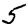
Digit: 5